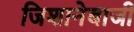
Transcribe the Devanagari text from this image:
जिशानेबाजी